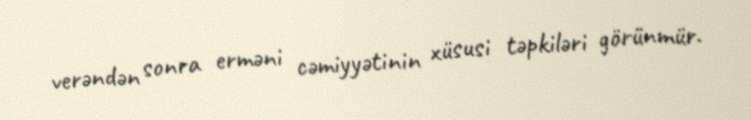
verəndən sonra erməni cəmiyyətinin xüsusi təpkiləri görünmür.